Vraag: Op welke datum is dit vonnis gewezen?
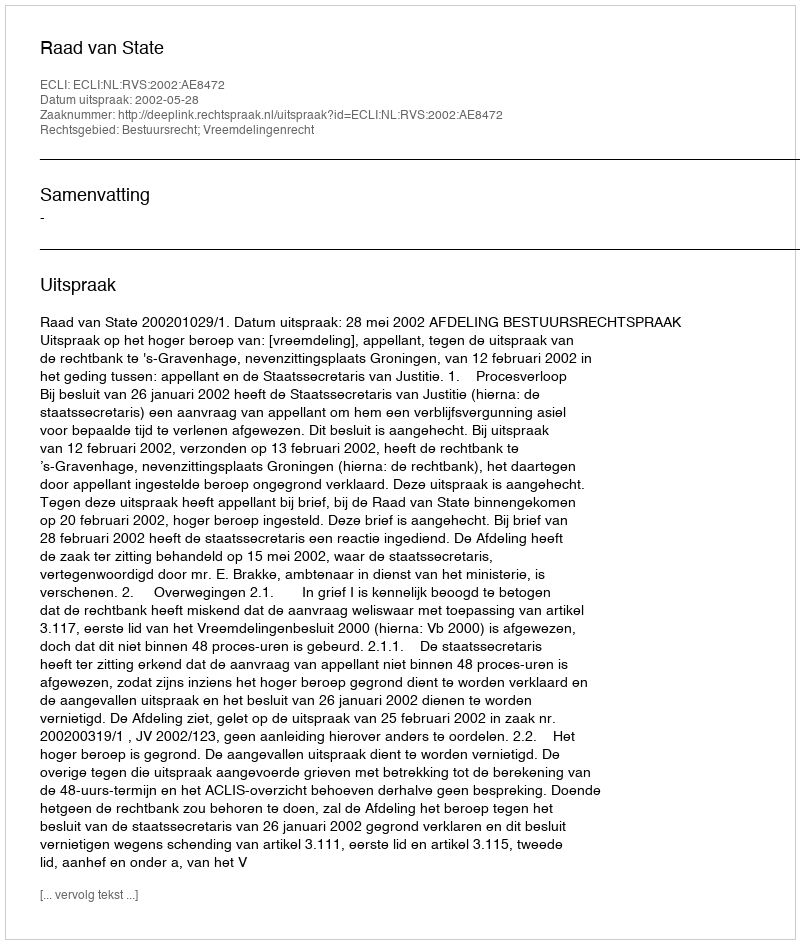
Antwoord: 2002-05-28